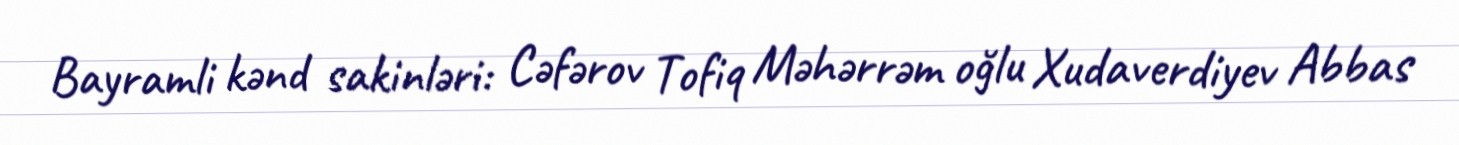
Bayramli kənd sakinləri: Cəfərov Tofiq Məhərrəm oğlu Xudaverdiyev Abbas